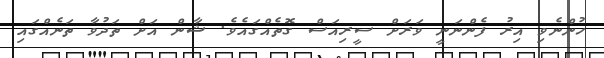
ހުންނެވި އިރު ފެންނަނީ ވަރަށް ސީރިއަސް ގޮތެއްގައެވެ. ޝާން އަށް ތަދުވާ ތަނެއްގައި